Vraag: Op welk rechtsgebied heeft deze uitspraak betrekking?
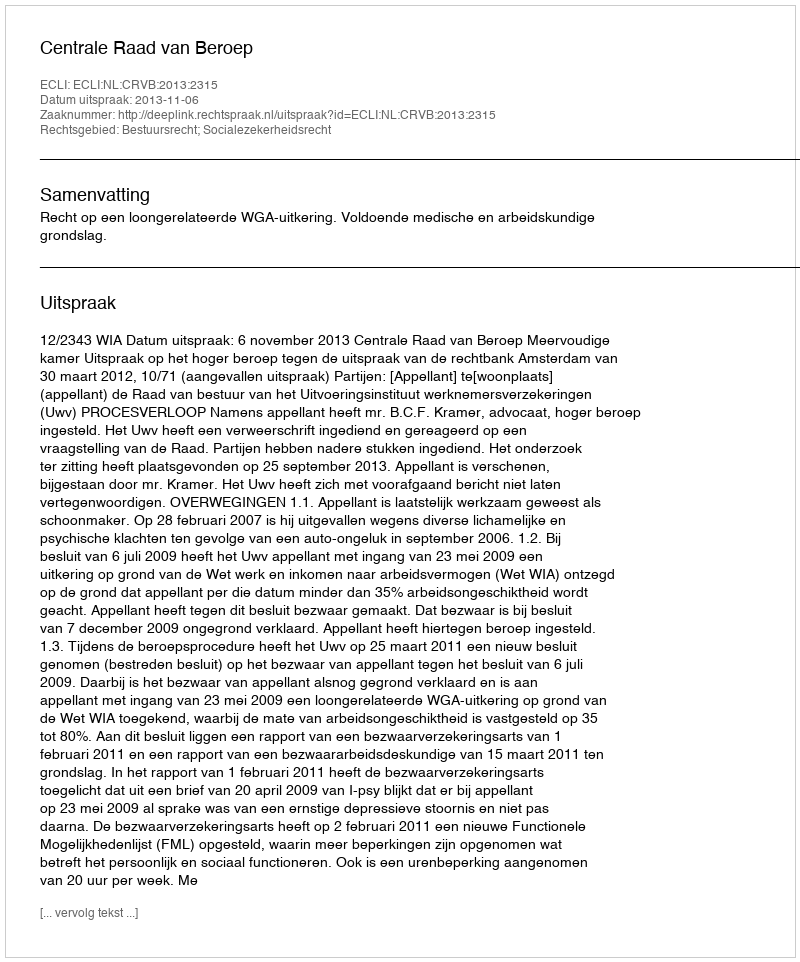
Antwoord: Bestuursrecht; Socialezekerheidsrecht